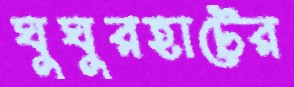
ঘুঘুরহাটের